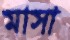
মাসা